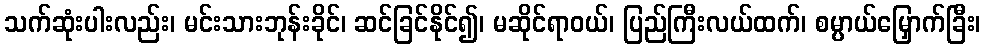
သက်ဆုံးပါးလည်း၊ မင်းသားဘုန်းခိုင်၊ ဆင်ခြင်နိုင်၍၊ မဆိုင်ရာဝယ်၊ ပြည်ကြီးလယ်ထက်၊ စမ္ပာယ်မြှောက်ခြီး၊